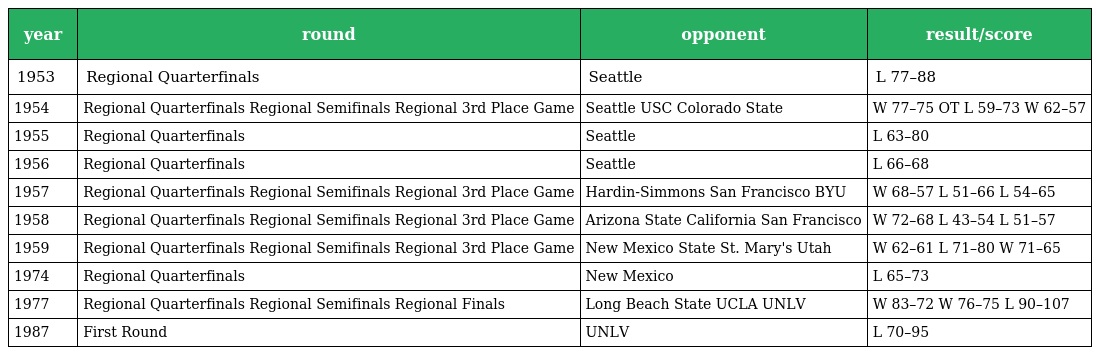
| year | round | opponent | result/score |
 | --- | --- | --- | --- |
 | 1953 | Regional Quarterfinals | Seattle | L 77–88 |
 | 1954 | Regional Quarterfinals Regional Semifinals Regional 3rd Place Game | Seattle USC Colorado State | W 77–75 OT L 59–73 W 62–57 |
 | 1955 | Regional Quarterfinals | Seattle | L 63–80 |
 | 1956 | Regional Quarterfinals | Seattle | L 66–68 |
 | 1957 | Regional Quarterfinals Regional Semifinals Regional 3rd Place Game | Hardin-Simmons San Francisco BYU | W 68–57 L 51–66 L 54–65 |
 | 1958 | Regional Quarterfinals Regional Semifinals Regional 3rd Place Game | Arizona State California San Francisco | W 72–68 L 43–54 L 51–57 |
 | 1959 | Regional Quarterfinals Regional Semifinals Regional 3rd Place Game | New Mexico State St. Mary's Utah | W 62–61 L 71–80 W 71–65 |
 | 1974 | Regional Quarterfinals | New Mexico | L 65–73 |
 | 1977 | Regional Quarterfinals Regional Semifinals Regional Finals | Long Beach State UCLA UNLV | W 83–72 W 76–75 L 90–107 |
 | 1987 | First Round | UNLV | L 70–95 |